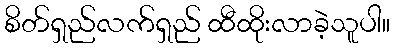
စိတ်ရှည်လက်ရှည် ထီထိုးလာခဲ့သူပါ။